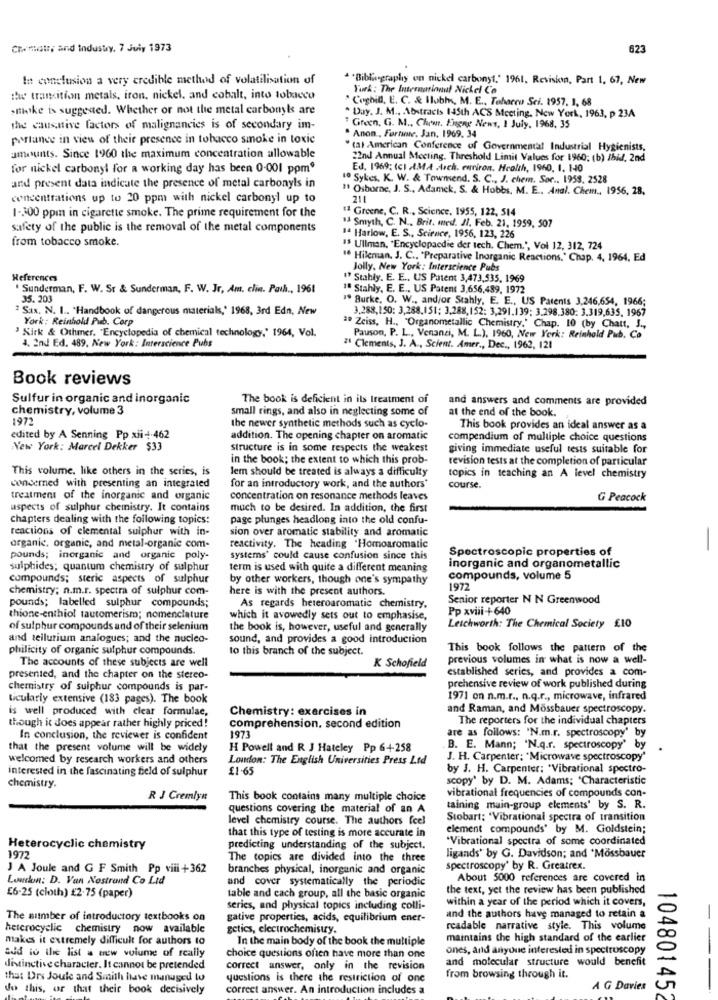
Chemate, and Industry, 7 Juiy 1973
623
In conclusion a very credible method of volatilisation of
* * Bibliography en nickel carbonyt.' 1961, Revision, Part 1, 67, New
York: The International Nickel Co
tw transition metals, iron, nickel, and cobalt, into tobacco
" Coghil, E. C. & Ilubhs, M. E ., Toharro Sci. 1957. 1, 68
mike is suggested. Whether or not the metal carbonyls are
* Day. J. M ., Abstracts 145th ACS Meeting, New York, 1963, p 23A
The causative factors of malignancies is of secondary im-
" Green, G. M ., Chem. Flgne News, 1 July, 1968, 35
perlance in view of their presence in tobacco smoke in toxic
" Anon , Fortune. Jan. 1969. 34
" (al American Conference of Governmental Industrial Hygienists,
amounts. Since 1960 the maximum concentration allowable
22nd Annual Meeting. Threshold Limit Values for 1960; (b) Ibid. 2nd
for nickel carbonyl for a working day has been 0-001 ppm"
Ed. 1969; (c) MA .Arch. euriron. Health, 1960, 1, 140
10 Sykes. K. W. & Townsend. S. C ., J. chem. Sor .. 1958, 2528
and present data indicate the presence of metal carbonyls in
" Osborne, J. S ., Adamek, S. & Hobbs, M. E .. Anal. Chem ., 1956, 28,
concentrations up to 20 ppm with nickel carbonyl up to
211
11 Greene, C. R ., Science, 1955, 122, 514
1-300 ppin in cigarette smoke. The prime requirement for the
safety of the public is the removal of the metal components
14 Smyth, C. N ., Brit. med. J. Feb. 21, 1959, 507
from tobacco smoke.
14 Harlow, E. S ., Science, 1956, 123, 226
IS Ullman, "Encyclopaedie der tech. Chem.", Vol 12, 312, 724
" Hileman. J. C ., "Preparative Inorganic Reactions.' Chap. 4, 1964. Ed
Jolly. New York: Interscience Pubs
References
" Stahly. E. E ., US Patent 3,473,535, 1969
Sunderman, F. W. Sr & Sunderman, F. W. Jr, Am, clin. Path ., 1961
18 Stahly, E. E ., US Patent 3,656,489, 1972
35.203
19 Burke, O. W ., andjor Stahly, E. E ., US Patents 3,246,654, 1966;
2 Sax. N. I .. 'Handbook of dangerous materials,' 1968, 3rd Edn, New
3.288,150: 3,288,151; 3,288,152: 3,291.139; 3.298.380: 3.319,635, 1967
York: Reinhold Pub. Corp
Kirk & Othmer. "Encyclopedia of chemical technology," 1964, Vol.
a. Zeiss, H ., "Organometallic Chemistry." Chap. 10 (by Chatt, J .,
Pauson, P. L ., Venanzi, M. L.), 1960, New York: Reinhold Pub, Co
4, 2nd Ed. 489, New York: Interscience Pubs
#1 Clements, J. A ., Scient. Amer ., Dec ., 1962, 121
Book reviews
Sulfur in organic and inorganic
The book is deficient in its treatment of
and answers and comments are provided
chemistry, volume 3
small rings, and also in neglecting some of
at the end of the book.
1972
the newer synthetic methods such as cyclo-
This book provides an ideal answer as a
edited by A Senning Pp xii + 462
addition. The opening chapter on aromatic
compendium of multiple choice questions
New York: Marcel Dekker $33
Structure is in some respects the weakest
giving immediate useful tests suitable for
in the book; the extent to which this prob-
revision tests at the completion of particular
This volume. like others in the series, is
Jem should be treated is always a difficulty
topics in teaching an A level chemistry
concerned with presenting an integrated
for an introductory work, and the authors'
course.
treatment of the inorganic and organic
concentration on resonance methods leaves
G Peacock
aspects of sulphur chemistry. It contains
much to be desired. In addition, the first
chapters dealing with the following topics:
page plunges headlong into the old confu-
reactions of elemental sulphur with in-
sion over aromatic stability and aromatic
organic. organic, and metal-organic com-
reactivity. The heading .Homoaromatic
Spectroscopic properties of
pounds; inorganic and organic poly-
systems' could cause confusion since this
sulphides; quantum chemistry of sulphur
term is used with quite a different meaning
inorganic and organometallic
compounds; steric aspects of sulphur
by other workers, though one's sympathy
compounds, volume 5
chemistry; n.m.r. spectra of sulphur com-
here is with the prescot authors.
1977
pounds; labelled sulphur compounds;
Senior reporter N N Greenwood
As regards heteroaromatic chemistry,
Pp xviii-+640
thione-enthiol tautomerism; nomenclature
which it avowedly sets out to emphasise,
of sulphur compounds and of their selenium
the book is, however, useful and generally
Letchworth: The Chemical Society £10
and tellurium analogues; and the nucleo-
sound, and provides a good introduction
philicity of organic sulphur compounds.
to this branch of the subject.
This book follows the pattern of the
The accounts of these subjects are well
K Schofield
previous volumes in what is now a well-
established series, and provides a com-
presented, and the chapter on the stereo-
chemistry of sulphur compounds is par-
prehensive review of work published during
ticularly extensive (183 pages). The book
1971 on n.m.r ., n.q.r ., microwave, infrared
is well produced with clear formulae,
Chemistry: exercises in
and Raman, and Mössbauer spectroscopy.
The reporters for the individual chapters
though it does appear rather highly priced!
comprehension, second edition
are as follows: 'N.m.r. spectroscopy' by
In conclusion, the reviewer is confident
1973
that the present volume will be widely
H Powell and R J Hateley Pp 6+-258
B. E. Mann; "N.q.r. spectroscopy' by
welcomed by research workers and others
London: The English Universities Press Ltd
J. H. Carpenter: "Microwave spectroscopy"
interested in the fascinating field of sulphur
£1-65
by J. H. Carpenter: "Vibrational spectro-
scopy' by D. M. Adams; 'Characteristic
chemistry.
vibrational frequencies of compounds con-
R J Cremlyn
This book contains many multiple choice
questions covering the material of an A
taining main-group elements' by S. R.
level chemistry course. The authors feel
Stobart: 'Vibrational spectra of transition
that this type of testing is more accurate in
element compounds' by M. Goldstein;
"Vibrational spectra of some coordinated
Heterocyclic chemistry
predicting understanding of the subject.
1972
The topics are divided into the three
ligands' by G. Davidson; and 'Mössbauer
J A Joule and G F Smith Pp viii +362
branches physical, inorganic and organic
spectroscopy' by R. Greatrex.
London: D. Van Nostrand Co Ltd
and cover systematically the periodic
About 5000 references are covered in
the text, yet the review has been published
£6-25 (cloth) £2.75 (paper)
table and cach group, all the basic organic
within a year of the period which it covers,
series, and physical topics including colli-
The sitmber of introductory textbooks on
gative properties, acids, equilibrium ener-
and the authors have managed to retain a
-
heterocyclic chemistry now available
getics, electrochemistry.
readable narrative style. This volume
makes it extremely difficult for authors to
In the main body of the book the multiple
maintains the high standard of the earlier
add to the list a new volume of really
ones, and anyone interested in spectroscopy
choice questions often have more than one
and molecular structure would benefit
distinctive character. It cannot be pretended
correct answer, only in the revision
the: Drs Joule and Smith have managed to
questions is there the restriction of one
from browsing through it.
do this, or that their book decisively
correct answer. An introduction includes a
A G Davies
104801452